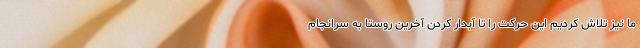
ما نیز تلاش کردیم این حرکت را تا آبدار کردن آخرین روستا به سرانجام